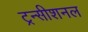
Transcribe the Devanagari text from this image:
ट्रन्सीशनल